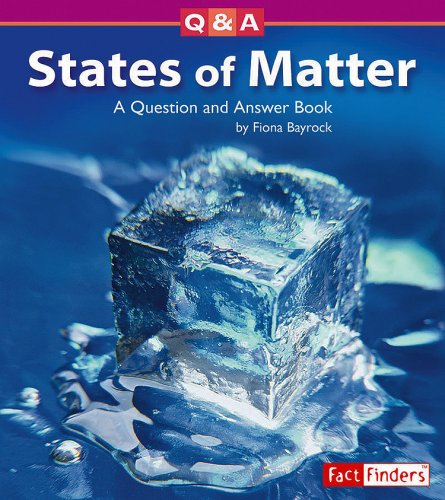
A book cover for States of Matter: A Question and Answer Book (Questions and Answers: Physical Science); Fiona Bayrock; Children's Books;